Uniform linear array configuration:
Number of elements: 48
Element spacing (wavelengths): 0.75
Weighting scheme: kaiser
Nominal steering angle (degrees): -45
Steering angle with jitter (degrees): -43.923
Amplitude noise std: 0.05
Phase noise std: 0.05

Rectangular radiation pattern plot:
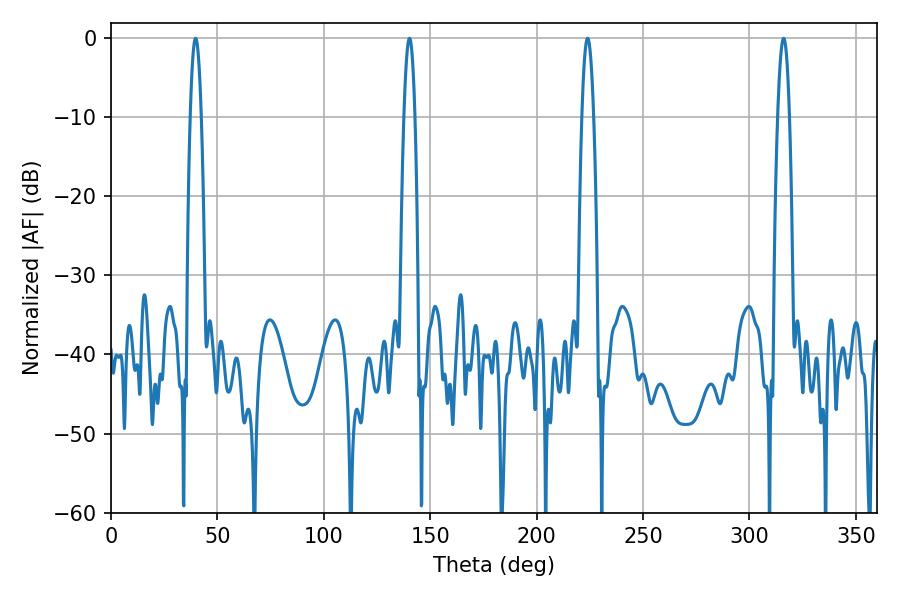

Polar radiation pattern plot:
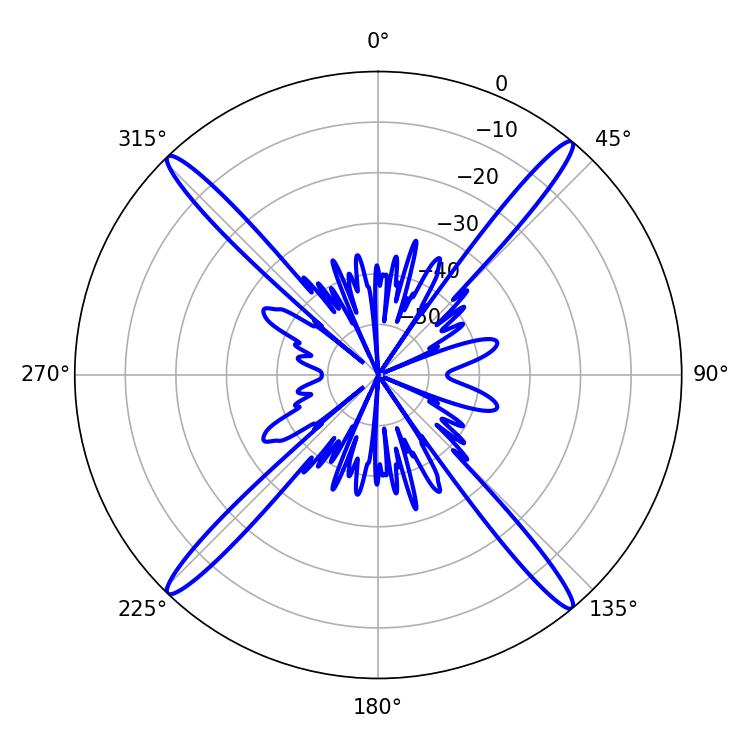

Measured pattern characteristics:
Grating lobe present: TRUE
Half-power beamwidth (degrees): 3.06
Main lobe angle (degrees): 223.92